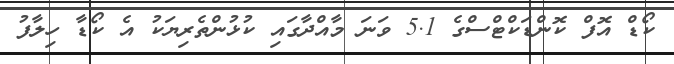
ކޯޑް އޮފް ކޮންޑަކްޓްސްގެ 5.1 ވަނަ މާއްދާގައި ކުޅުންތެރިޔަކު އެ ކޯޑާ ހިލާފު